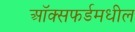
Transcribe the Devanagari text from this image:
ऑक्सफर्डमधील